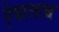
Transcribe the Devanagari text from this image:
ऐवालान्च